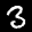
Label: 3